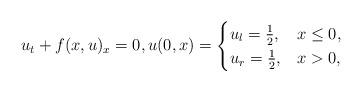
LaTeX: \begin{align*} u_t +f(x,u)_x=0, u(0,x)=\begin{cases} u_l =\frac{1}{2}, & x\le0,\\ u_r = \frac12, & x>0, \end{cases} \end{align*}